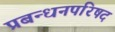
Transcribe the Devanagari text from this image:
प्रबन्धनपरिषद